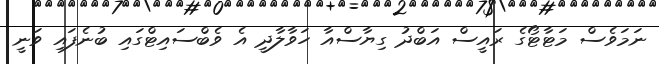
ނަމަވެސް މަޓާޓޯގެ ރައީސް އަބްދު ގިޔާސްއާ ހަވާލާދީ އެ ވެބްސައިޓްގައި ބުނެފައި ވަނީ